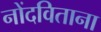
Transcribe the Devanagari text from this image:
नोंदविताना